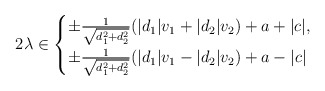
\begin{align*} 2\lambda &\in \begin{cases} \pm\frac{1}{\sqrt{d_1^2+d_2^2}}(|d_1|v_1 + |d_2|v_2) +a +|c|, \\ \pm\frac{1}{\sqrt{d_1^2+d_2^2}}(|d_1|v_1 - |d_2|v_2) +a -|c| \end{cases}\end{align*}